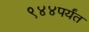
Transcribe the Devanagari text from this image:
९४४पर्यंत